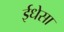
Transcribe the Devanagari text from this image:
ईधेसा